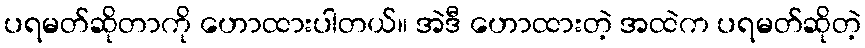
ပရမတ်ဆိုတာကို ဟောထားပါတယ်။ အဲဒီ ဟောထားတဲ့ အထဲက ပရမတ်ဆိုတဲ့